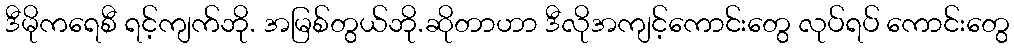
ဒီမိုကရေစီ ရင့်ကျက်ဘို. အမြစ်တွယ်ဘို.ဆိုတာဟာ ဒီလိုအကျင့်ကောင်းတွေ လုပ်ရပ် ကောင်းတွေ